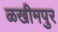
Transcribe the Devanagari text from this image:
ळखीमपुर